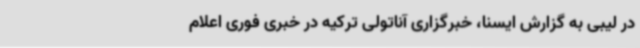
در لیبی به گزارش ایسنا، خبرگزاری آناتولی ترکیه در خبری فوری اعلام